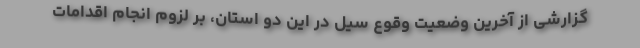
گزارشی از آخرین وضعیت وقوع سیل در این دو استان، بر لزوم انجام اقدامات